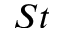
S t